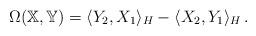
LaTeX: \begin{align*}\Omega(\mathbb{X},\mathbb{Y})=\langle Y_2,X_1\rangle_{H}-\langle X_2,Y_1\rangle_{H}\,.\end{align*}